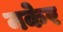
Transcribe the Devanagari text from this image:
नकेर